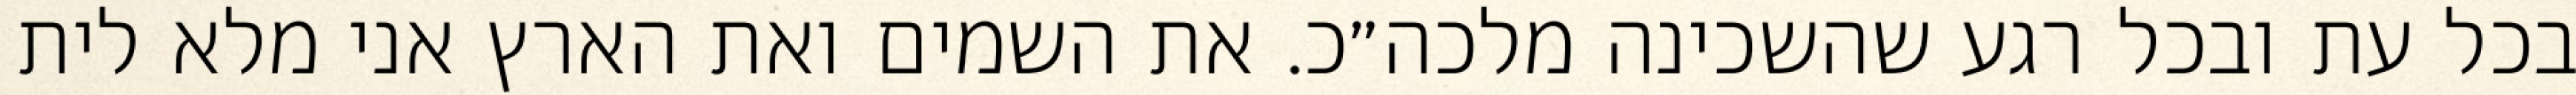
בכל עת ובכל רגע שהשכינה מלכה״כ. את השמים ואת הארץ אני מלא לית